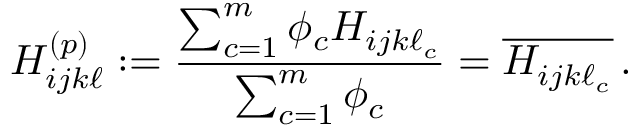
H _ { i j k \ell } ^ { ( p ) } : = \frac { \sum _ { c = 1 } ^ { m } \phi _ { c } H _ { i j k \ell _ { c } } } { \sum _ { c = 1 } ^ { m } \phi _ { c } } = \overline { { H _ { i j k \ell _ { c } } } } \, .